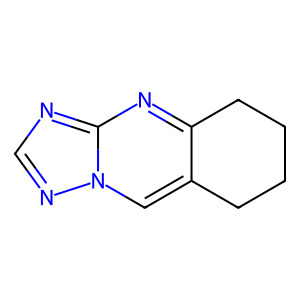
SMILES: c1nc2nc3c(cn2n1)CCCC3
Inhibits HIV replication: No